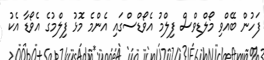
ފަހުން ބޭއްވި މޯލްޑިވްސް ފިލްމު އެވޯޑްސްގައި އެންމެ މޮޅު ފިލްމުގެ އެވޯޑާ އެކު